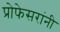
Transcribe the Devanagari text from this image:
प्रोफेसरांनी